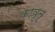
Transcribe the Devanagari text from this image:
कावृतू